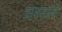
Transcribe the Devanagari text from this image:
ग्रामसडक